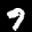
Label: 9